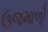
ઉજમાળો